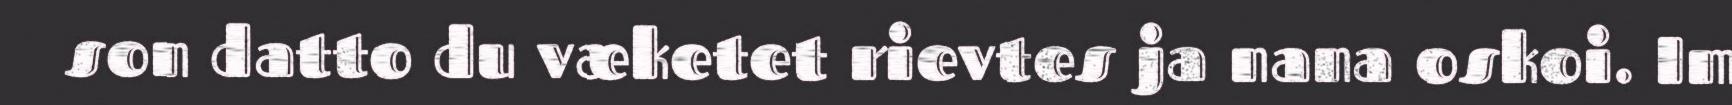
son datto du væketet rievtes ja nana oskoi. Im